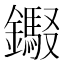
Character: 𰽎